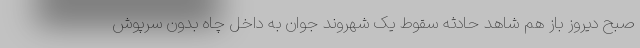
صبح دیروز باز هم شاهد حادثه سقوط یک شهروند جوان به داخل چاه بدون سرپوش